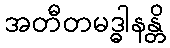
အတီတမဒ္ဓါနန္တိ